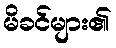
မိခင်များ၏